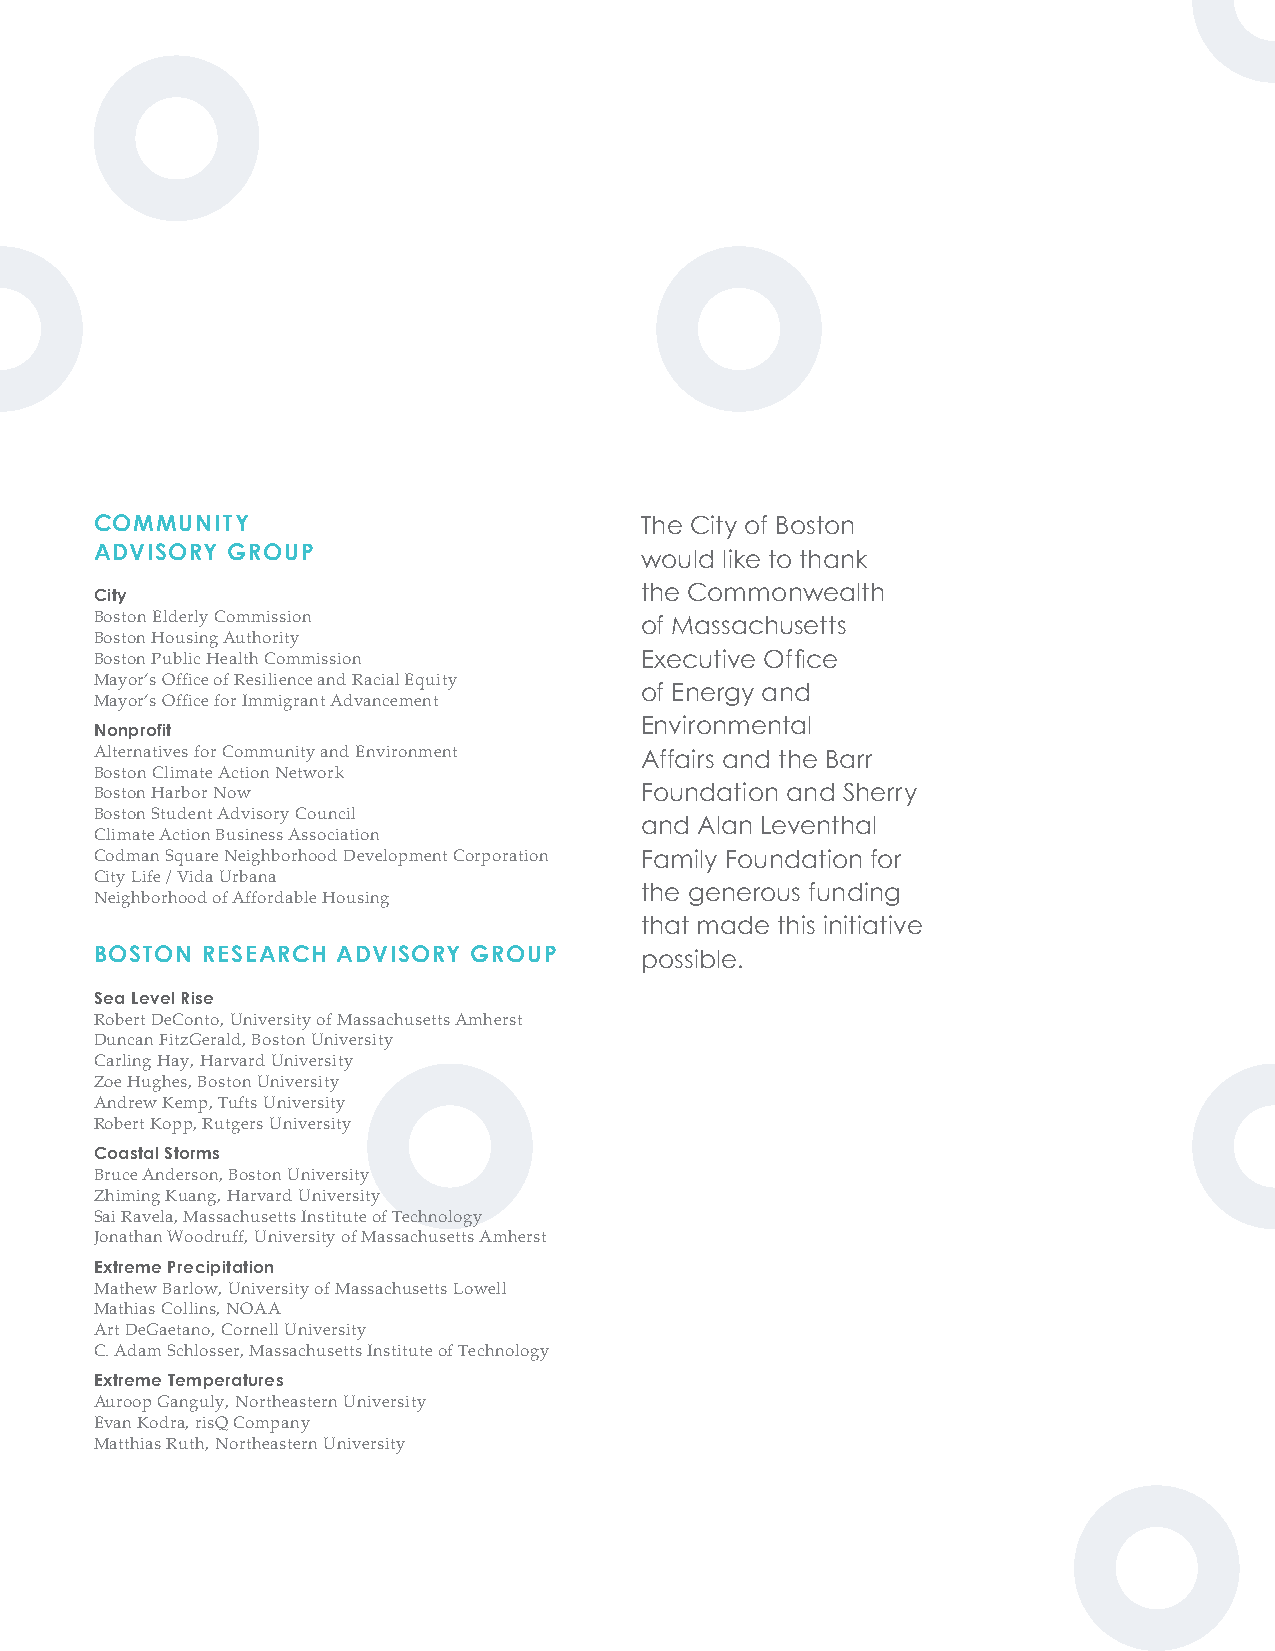
The City of Boston and Green Ribbon
 Commission would like to thank the
 following individuals and groups for their
 contributions to Climate Ready Boston.
 CLIMATE READY BOSTON INFRASTRUCTURE COMMUNITY The City of Boston
 STEERING COMMITTEE ADVISORY COMMITTEE ADVISORY GROUP
 would like to thank
 City  City                                the Commonwealth
 City of Boston
 Boston Housing Authority Boston Elderly Commission
 Austin Blackmon, Carl Spector, Mia Goldwasser of Massachusetts
 Boston Redevelopment Authority Boston Housing Authority
 Green Ribbon Commission Boston Transportation Department Boston Public Health Commission Executive Offi ce
 John Cleveland, Bud Ris, Amy Longsworth Boston Water and Sewer Commission Mayor’s Office of Resilience and Racial Equity
 of Energy and
 Boston Public Schools Mayor’s Office for Immigrant Advancement
 MA Office of Coastal Zone Management
 Lisa Engler, Patricia Bowie Boston Conservation Commission Nonprofit Environmental
 Boston Department of Public Works
 Boston Planning and Development Agency Boston Inspectional Services Department Alternatives for Community and Environment Affairs and the Barr
 Gerald Autler Boston Landmarks Commission Boston Climate Action Network
 Boston Harbor Now                   Foundation and Sherry
 Boston Office of Emergency Management
 Boston Student Advisory Council
 Boston Parks and Recreation Department    and Alan Leventhal
 CLIMATE READY BOSTON Climate Action Business Association
 City of Cambridge
 PROJECT TEAM Codman Square Neighborhood Development Corporation Family Foundation for
 State and Regional City Life / Vida Urbana
 MA Department of Conservation and Recreation Neighborhood of Affordable Housing the generous funding
 City of Boston
 MA Department of Public Utilities
 Carl Spector, Mia Goldwasser              that made this initiative
 MA Department of Transportation
 HR&A Advisors Metropolitan Area Planning Council BOSTON RESEARCH ADVISORY GROUP possible.
 Jamie Springer, Phillip Kash, Massachusetts Bay Transportation Authority
 Sara Brown, Jonathan Sandor Goldman Massachusetts Port Authority Sea Level Rise
 Massachusetts Water Resources Authority Robert DeConto, University of Massachusetts Amherst
 Arcadis
 National Park Service (Harbor Islands) Duncan FitzGerald, Boston University
 Hugh Roberts, Carly Foster, Kelli Thurston
 Carling Hay, Harvard University
 Utilities
 Sasaki Zoe Hughes, Boston University
 Comcast
 Jason Hellendrung, Jill Allen Dixon, Andrew Kemp, Tufts University
 Eversource Energy
 Theresa O’Neil Robert Kopp, Rutgers University
 National Grid
 University of Massachusetts Boston Veolia Coastal Storms
 School for the Environment Verizon Communications Bruce Anderson, Boston University
 Paul Kirshen, Ellen Douglas, Zhiming Kuang, Harvard University
 Nonprofit
 Robyn Hannigan, Rebecca Herst Sai Ravela, Massachusetts Institute of Technology
 Medical Academic and Scientific Community Organization
 Jonathan Woodruff, University of Massachusetts Amherst
 A Better City
 Partners Health Care Extreme Precipitation
 The Trust for Public Land Mathew Barlow, University of Massachusetts Lowell
 The Trustees of Reservations Mathias Collins, NOAA
 Boston University Art DeGaetano, Cornell University
 Harvard University C. Adam Schlosser, Massachusetts Institute of Technology
 Green Ribbon Commission ClimatePreparedness Working Group
 Extreme Temperatures
 Auroop Ganguly, Northeastern University
 Evan Kodra, risQ Company
 Matthias Ruth, Northeastern University